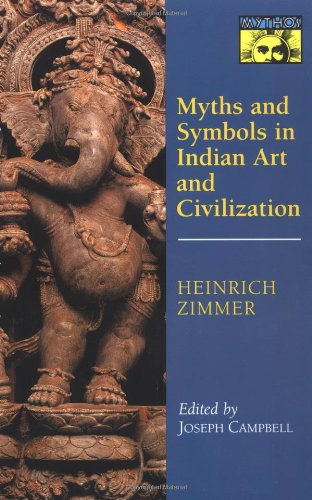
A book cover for Myths and Symbols in Indian Art and Civilization; Heinrich Robert Zimmer; Literature & Fiction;